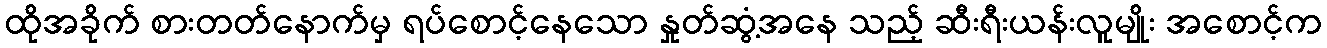
ထိုအခိုက် စားတတ်နောက်မှ ရပ်စောင့်နေသော နှုတ်ဆွံ့အနေ သည့် ဆီးရီးယန်းလူမျိုး အစောင့်က